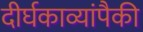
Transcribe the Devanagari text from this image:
दीर्घकाव्यांपैकी